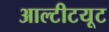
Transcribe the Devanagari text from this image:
आल्टीटयूट